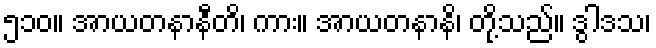
၅၁၀။ အာယတနာနီတိ၊ ကား။ အာယတနာနိ၊ တို့သည်။ ဒွါဒသ၊